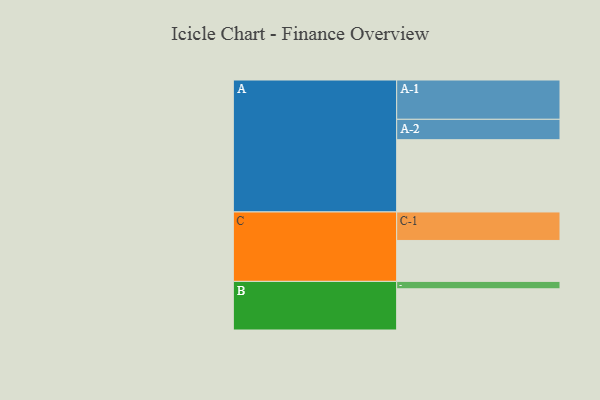
{"axis": {"x": "Segment", "y": "Value"}, "legend": ["", "A", "B", "C"], "data": [{"x": "A", "y": 535, "type": ""}, {"x": "B", "y": 305, "type": ""}, {"x": "C", "y": 303, "type": ""}, {"x": "A-1", "y": 291, "type": "A"}, {"x": "A-2", "y": 151, "type": "A"}, {"x": "B-1", "y": 55, "type": "B"}, {"x": "C-1", "y": 211, "type": "C"}]}